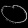
Digit: ၀